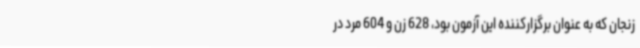
زنجان که به عنوان برگزارکننده این آزمون بود، 628 زن و 604 مرد در